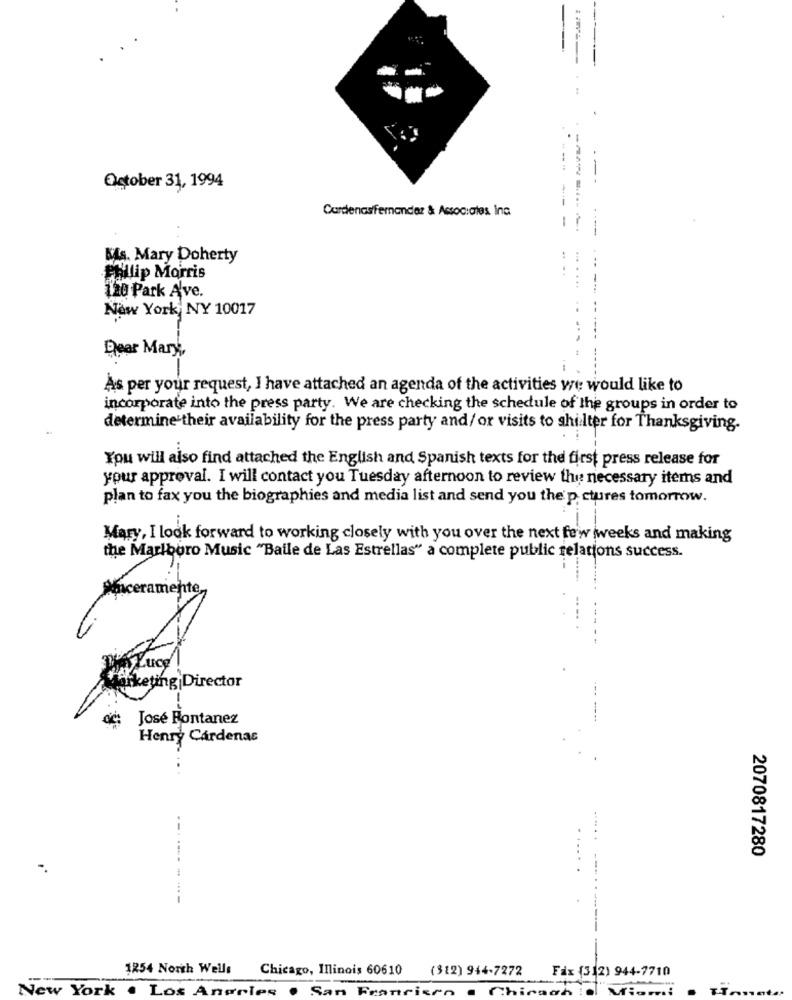
October 31, 1994
Cardenasfernandar & Associates Inc
MAs. Mary Doherty
Philip Morris
120 Park Ave.
New York, NY 10017
Dear Mary,
As per your request, I have attached an agenda of the activities we would like to
incorporate into the press party. We are checking the schedule of the groups in order to
determine their availability for the press party and/ or visits to shilter for Thanksgiving.
You will also find attached the English and Spanish texts for the first press release for
your approval. I will contact you Tuesday afternoon to review the necessary items and
plan to fax you the biographies and media list and send you the p. ctures tomorrow.
Mary, I look forward to working closely with you over the next few weeks and making
the Marlboro Music "Baile de Las Estrellas" a complete public relations success.
Oficeramente,
Marketing Director
José Fontanez
Henry Cárdenas
--.....
2070817280
....
1254 North Wells
Chicago, Illinois 60610 (312) 944-7272
Fax (312) 944-7710
.
New York . Los Angeles . San Francisco . Chinach il Mio ... i